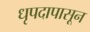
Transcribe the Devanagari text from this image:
धृपदापासून